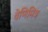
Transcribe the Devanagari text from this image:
वेणिमित्र